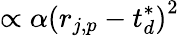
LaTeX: \propto\alpha\left({r}_{j,p}-{t}_{d}^{*}\right)^{2}